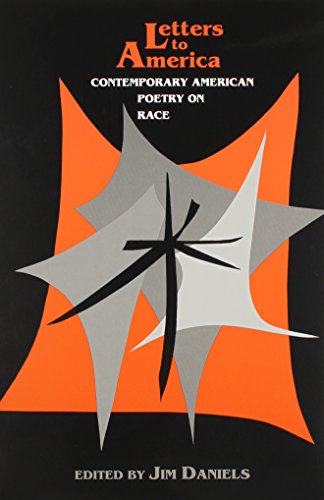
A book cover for Letters to America: Contemporary American Poetry on Race; Health, Fitness & Dieting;